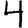
Digit: 4